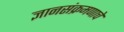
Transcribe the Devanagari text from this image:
ज्ञानसंक्रमणाचे